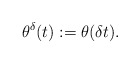
\begin{align*} \theta^{\delta}(t) := \theta({\delta} t) .\end{align*}